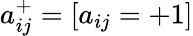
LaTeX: a_{ij}^{+}=[a_{ij}=+1]